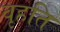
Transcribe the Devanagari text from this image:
वृहति